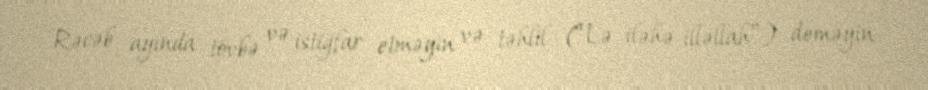
Rəcəb ayında tövbə və istiğfar etməyin və təhlil (“Lə iləhə illəllah”) deməyin